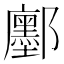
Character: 𮠔